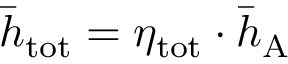
\bar { h } _ { \mathrm { t o t } } = \eta _ { \mathrm { t o t } } \cdot \bar { h } _ { \mathrm { A } }